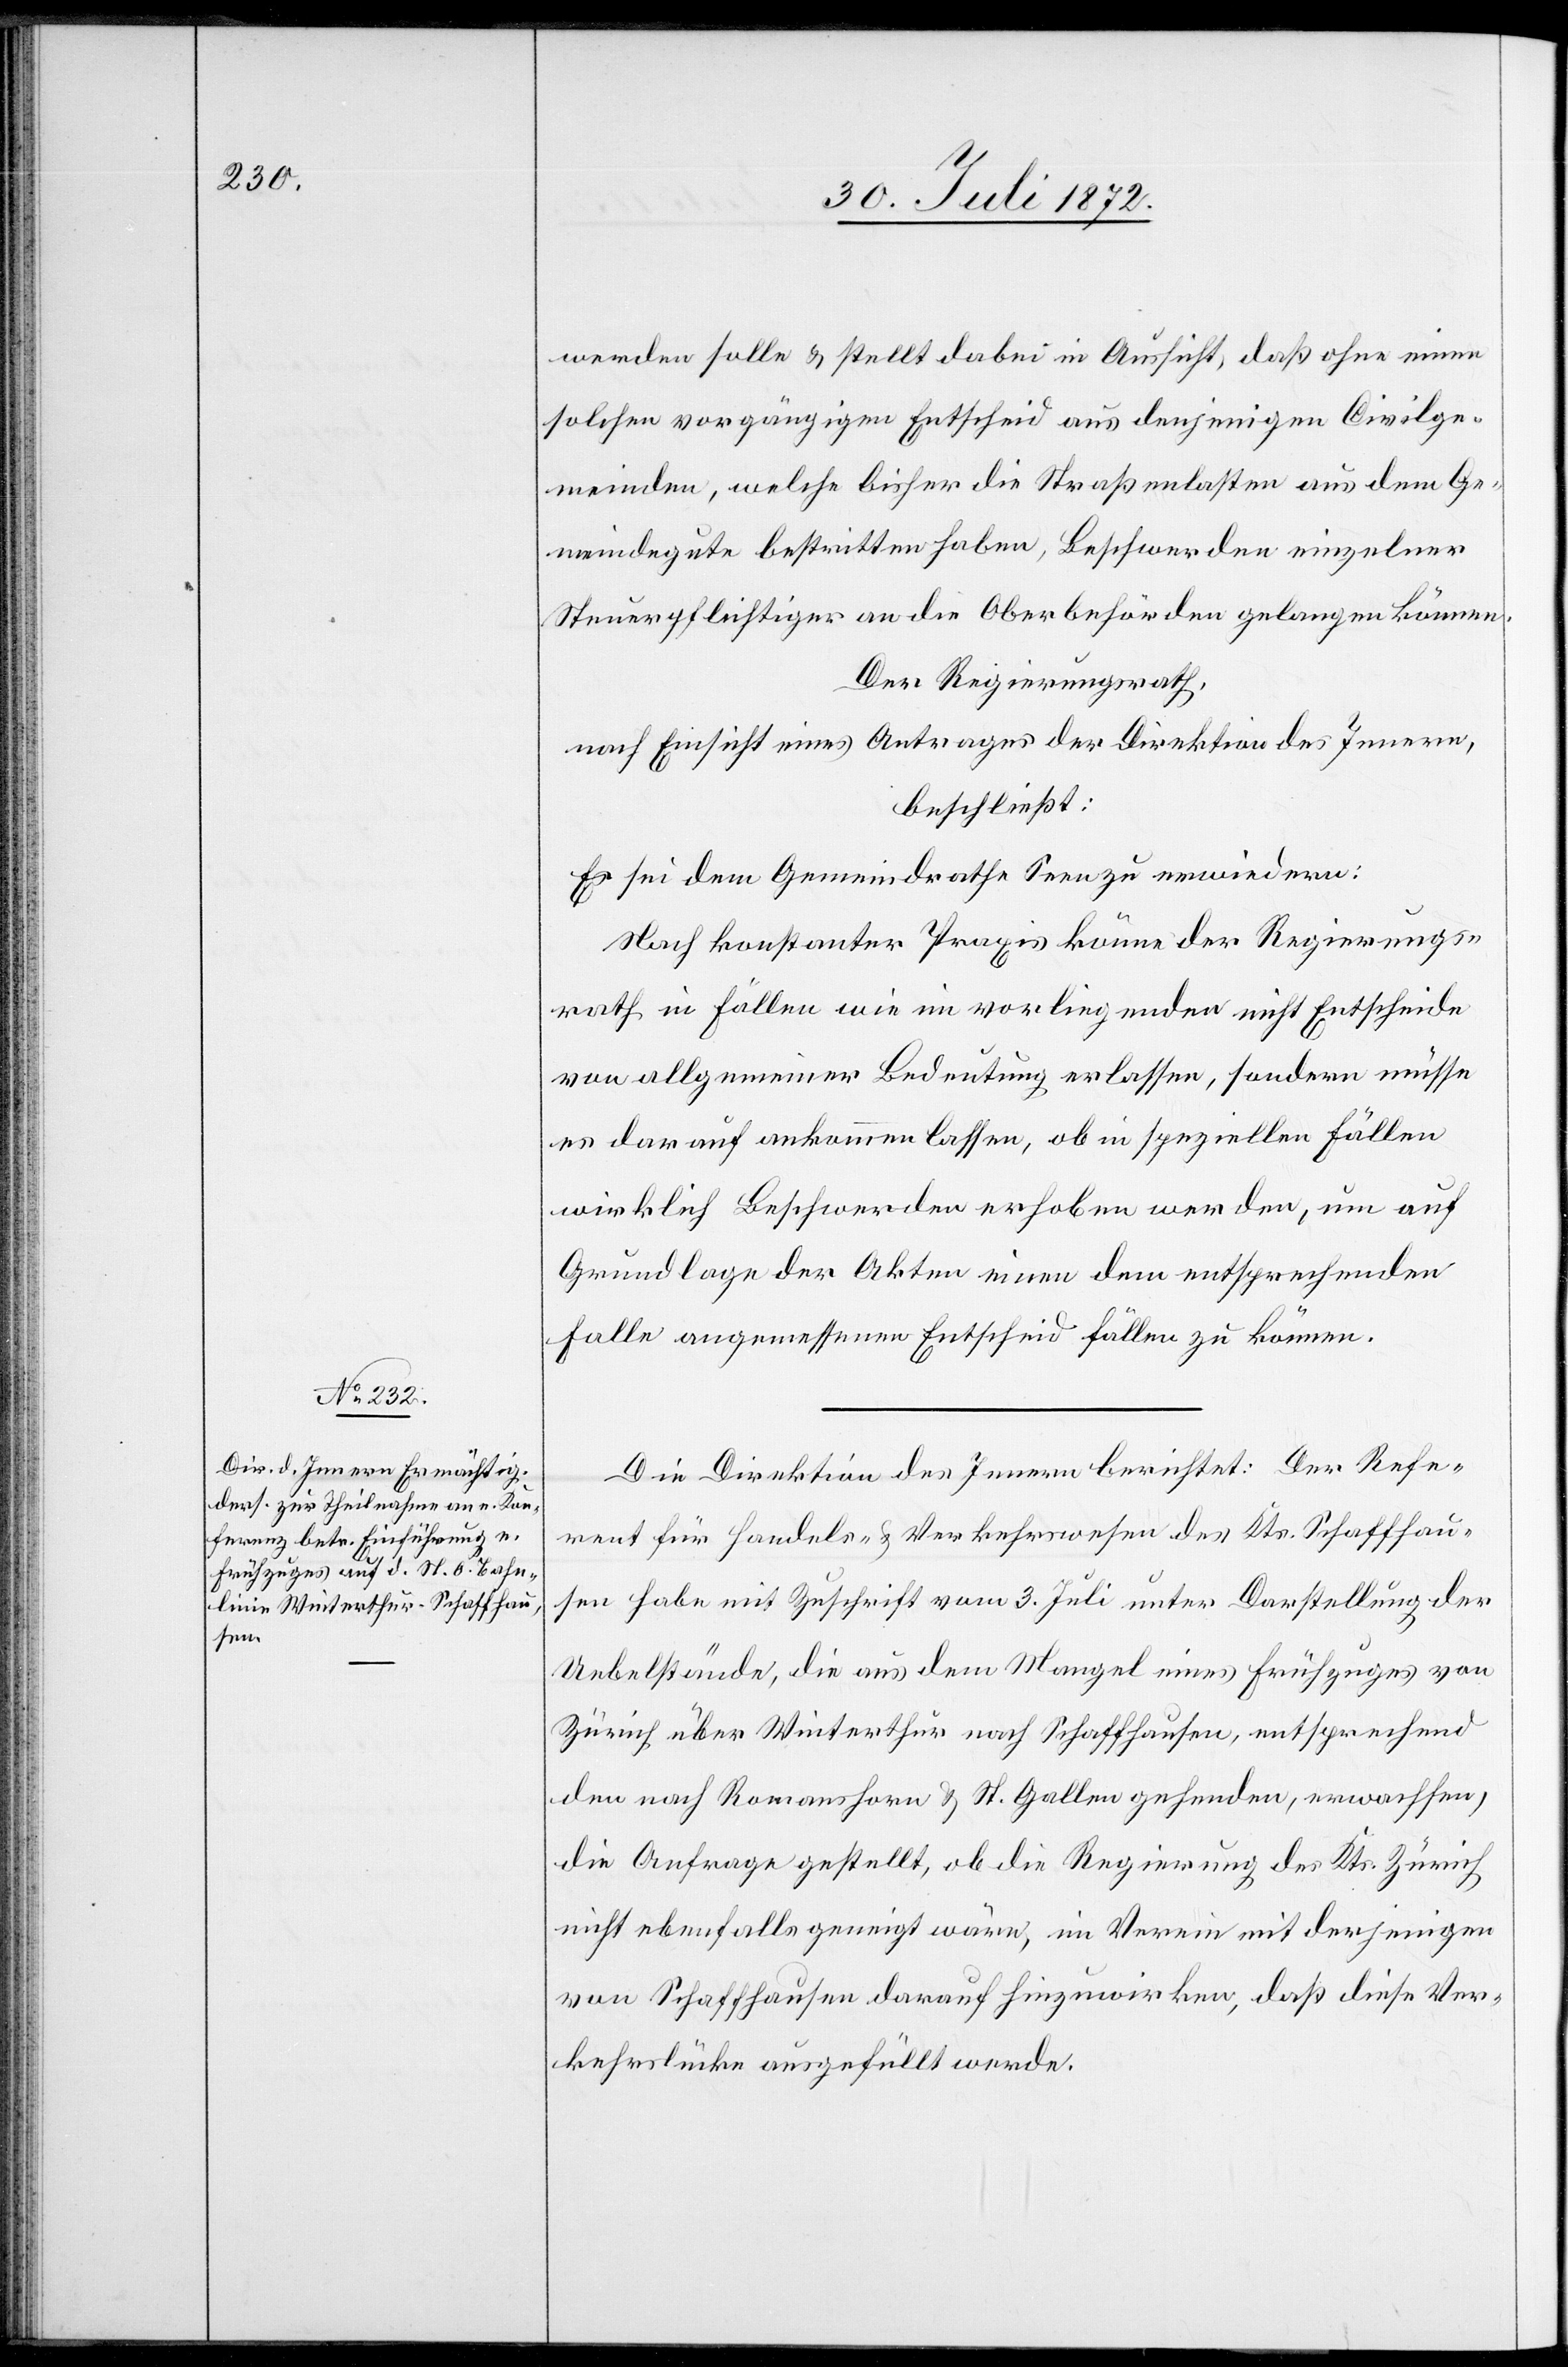
werden solle u. stellt dabei in Aussicht, daß ohne einen
solchen vorgängigen Entscheid aus denjenigen Civilge¬
meinden, welche bisher die Straßenlasten aus dem Ge¬
meindegute bestritten haben, Beschwerden einzelner
Steuerpflichtiger an die Oberbehörden gelangen können.
Der Regierungsrath,
nach Einsicht eines Antrages der Direktion des Innern,
beschließt:
Es sei dem Gemeindrathe Seen zu erwiedern:
Nach konstanter Praxis könne der Regierungs¬
rath in Fällen wie im vorliegenden nicht Entscheide
von allgemeiner Bedeutung erlassen, sondern müsse
es darauf ankommen lassen, ob in speziellen Fällen
wirklich Beschwerden erhoben werde, um auf
Grundlage der Akten einen dem entsprechenden
Falle angemessenen Entscheid fällen zu können.
Die Direktion des Innern berichtet: Der Refe¬
rent für Handels- u. Verkehrswesen des Kts. Schaffhau¬
sen habe mit Zuschrift vom 3. Juli unter Darstellung der
Uebelstände, die aus dem Mangel eines Frühzuges von
Zürich über Winterthur nach Schaffhausen, entsprechend
den nach Romanshorn u. St. Gallen gehenden, erwachsen,
die Anfrage gestellt, ob die Regierung des Kts. Zürich
nicht ebenfalls geneigt wäre, im Verein mit derjenigen
von Schaffhausen darauf hinzuwirken, daß diese Ver¬
kehrslücke ausgefüllt werde.